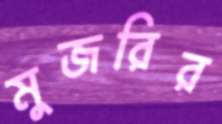
মুজরির